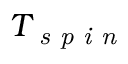
T _ { \textit { s p i n } }